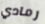
رمادي